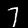
Label: 7